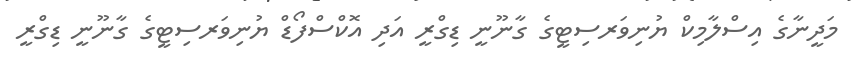
މަދީނާގެ އިސްލާމިކް ޔުނިވަރސިޓީގެ ގާނޫނީ ޑިގްރީ އަދި އޮކްސްފޯޑް ޔުނިވަރސިޓީގެ ގާނޫނީ ޑިގްރީ